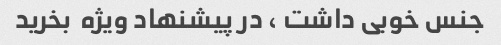
جنس خوبی داشت ، در پیشنهاد ویژه  بخرید